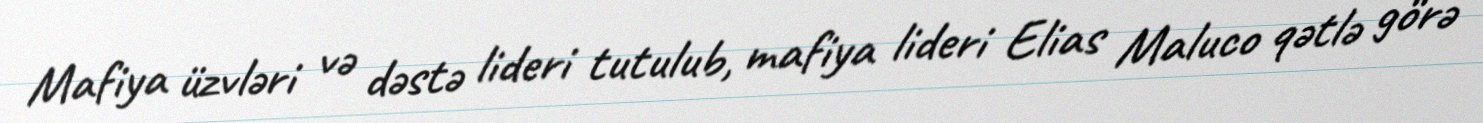
Mafiya üzvləri və dəstə lideri tutulub, mafiya lideri Elias Maluco qətlə görə